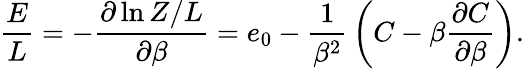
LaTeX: {\frac{E}{L}}=-{\frac{\partial\ln Z/L}{\partial\beta}}=e_{0}-{\frac{1}{\beta^{2}}}\left(C-\beta{\frac{\partial C}{\partial\beta}}\right).